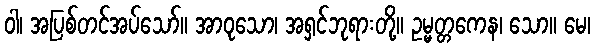
ဝါ၊ အပြစ်တင်အပ်သော်။ အာဝုသော၊ အရှင်ဘုရားတို့။ ဥမ္မတ္တကေန၊ သော။ မေ၊